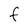
Character: f